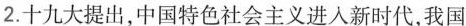
2.十九大提出，中国特色社会主义进入新时代，我国